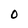
Character: O